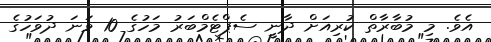
އެވެ. މި މުބާރާތް ކުރިއަށް ދާނީ ސެޕްޓެމްބަރު މަހުގެ 10 ވަނަ ދުވަހުގެ